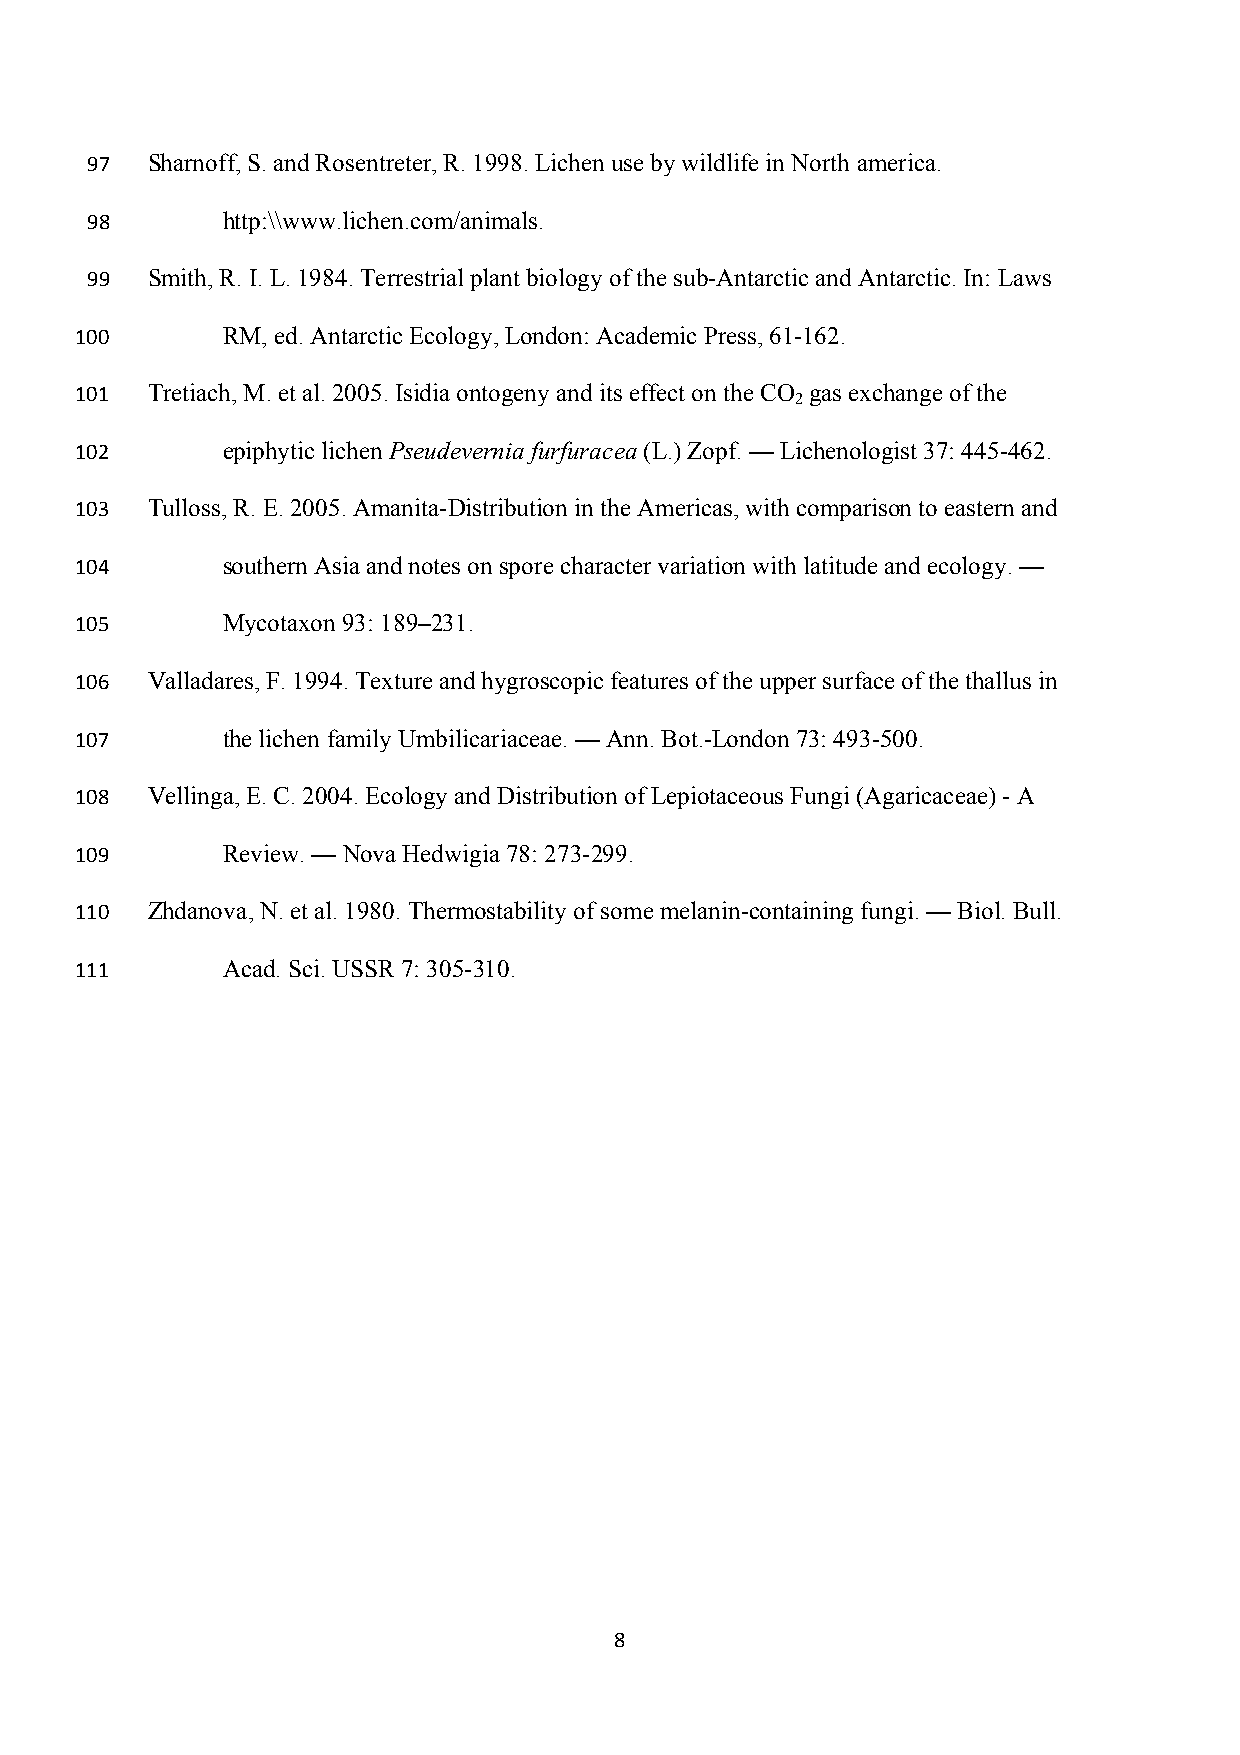
97  Sharnoff, S. and Rosentreter, R. 1998. Lichen use by wildlife in North america.
 98       http:\\www.lichen.com/animals.
 99  Smith, R. I. L. 1984. Terrestrial plant biology of the sub-Antarctic and Antarctic. In: Laws
 100       RM, ed. Antarctic Ecology, London: Academic Press, 61-162.
 101  Tretiach, M. et al. 2005. Isidia ontogeny and its effect on the CO gas exchange of the
 2
 102       epiphytic lichen Pseudevernia furfuracea (L.) Zopf. — Lichenologist 37: 445-462.
 103  Tulloss, R. E. 2005. Amanita-Distribution in the Americas, with comparison to eastern and
 104       southern Asia and notes on spore character variation with latitude and ecology. —
 105       Mycotaxon 93: 189–231.
 106  Valladares, F. 1994. Texture and hygroscopic features of the upper surface of the thallus in
 107       the lichen family Umbilicariaceae. — Ann. Bot.-London 73: 493-500.
 108  Vellinga, E. C. 2004. Ecology and Distribution of Lepiotaceous Fungi (Agaricaceae) - A
 109       Review. — Nova Hedwigia 78: 273-299.
 110  Zhdanova, N. et al. 1980. Thermostability of some melanin-containing fungi. — Biol. Bull.
 111       Acad. Sci. USSR 7: 305-310.
 8